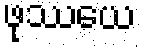
ဖုဿယေ